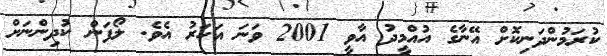
ކުރަމުންދަނިކޮށް އޭނާގެ އުއްމީދު އާވީ 2001 ވަނަ އަހަރު އެވެ. ލޯފަން ކުދިންނަށް